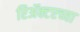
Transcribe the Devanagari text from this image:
रिॲक्टरच्या